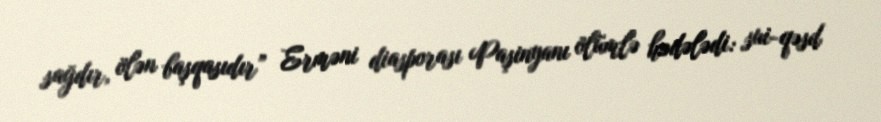
sağdır, ölən başqasıdır” Erməni diasporası Paşinyanı ölümlə hədələdi: sui-qəsd